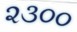
૨૩૦૦